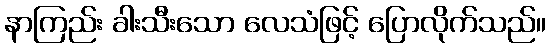
နာကြည်း ခါးသီးသော လေသံဖြင့် ပြောလိုက်သည်။